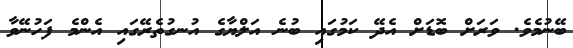
ބޭނުމެވެ. ވަރަށް ބޮޑަށް އެދޭ ކަމުގައި ބުނެ އަލްޔާގެ އުނގުތެރޭގައި އެންމެ ފަހުނޭވާ